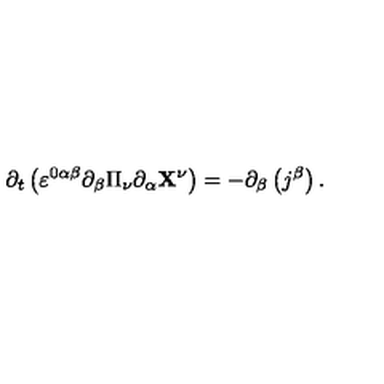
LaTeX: \partial _ { t } \left( \varepsilon ^ { 0 \alpha \beta } \partial _ { \beta } \Pi _ { \nu } \partial _ { \alpha } \mathbf { X } ^ { \nu } \right) = - \partial _ { \beta } \left( j ^ { \beta } \right) .